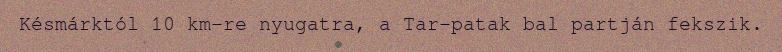
Késmárktól 10 km-re nyugatra, a Tar-patak bal partján fekszik.